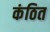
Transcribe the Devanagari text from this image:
कंठित